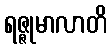
ရဇ္ဇုမာလာတိ